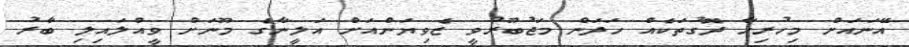
އޭނައަށް މިހުރިހާ ދޮގުތަކެއް ހަދަން މަޖުބޫރުވީ ޒެވިޔަންއަށް އަލީނާގެ މޫނަށް ވީއްލައިލި ބާރު